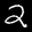
Label: 2